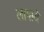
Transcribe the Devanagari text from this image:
लागाये